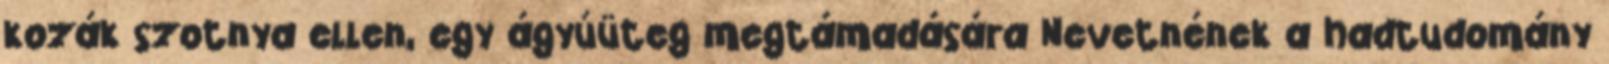
kozák szotnya ellen, egy ágyúüteg megtámadására Nevetnének a hadtudomány